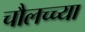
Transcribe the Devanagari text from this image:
चौलच्च्या